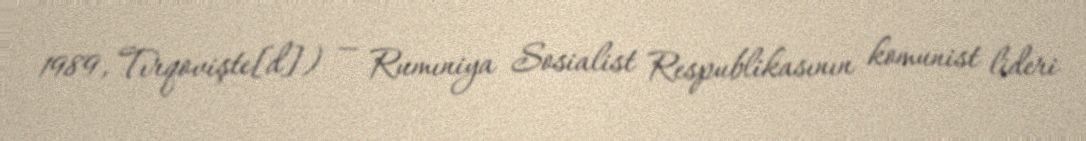
1989, Tırqovişte[d]) — Rumıniya Sosialist Respublikasının komunist lideri